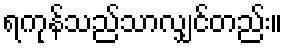
ရကုန်သည်သာလျှင်တည်း။